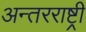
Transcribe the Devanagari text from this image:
अन्तरराष्ट्री